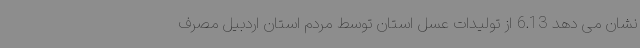
نشان می دهد 6.13 از تولیدات عسل استان توسط مردم استان اردبیل مصرف